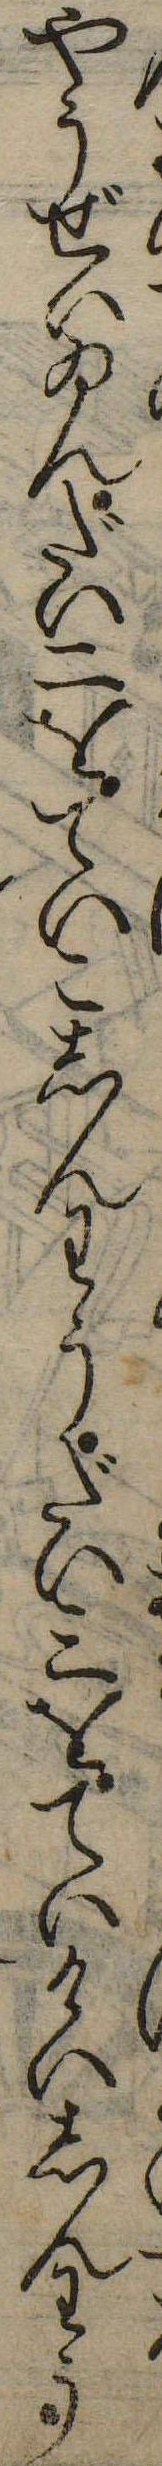
やうぜいゐんだい二をていこしんわうだい三をていけいしんわう